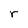
Character: r